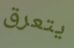
يتعرق